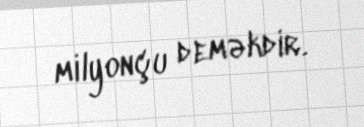
milyonçu deməkdir.